Annual administration report of the Civil Veterinary Department of India - 1895-1896
Year: 1895
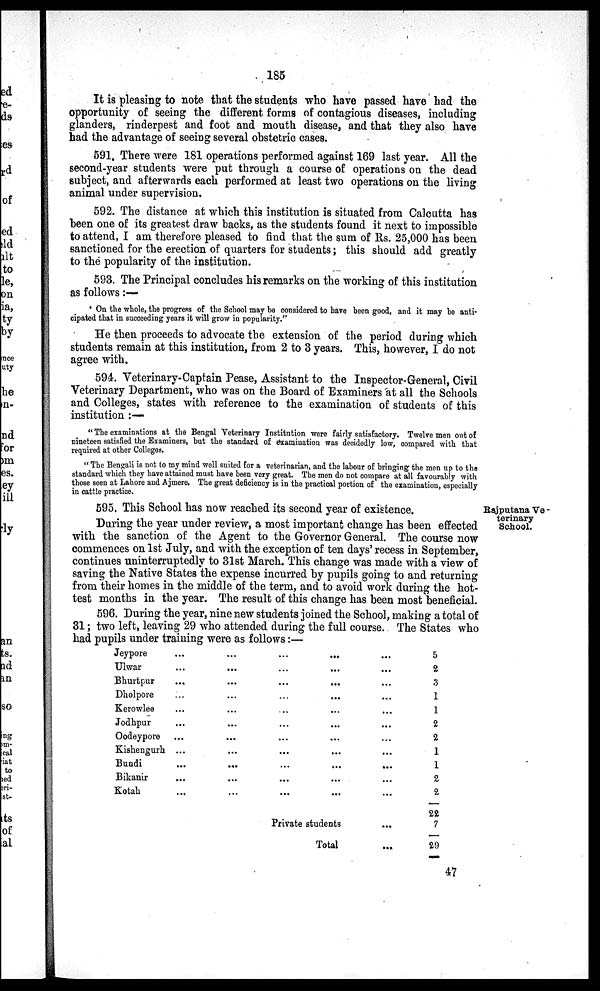
185
It is pleasing to note that the students who have passed have had the
opportunity of seeing the different forms of contagious diseases, including
glanders, rinderpest and foot and mouth disease, and that they also have
had the advantage of seeing several obstetric cases.
591. There were 181 operations performed against 169 last year. All the
second-year students were put through a course of operations on the dead
subject, and afterwards each performed at least two operations on the living
animal under supervision.
592. The distance at which this institution is situated from Calcutta has
been one of its greatest draw backs, as the students found it next to impossible
to attend, I am therefore pleased to find that the sum of Rs. 25,000 has been
sanctioned for the erection of quarters for students; this should add greatly
to the popularity of the institution.
593. The Principal concludes his remarks on the working of this institution
as follows:—
'On the whole, the progress of the School may be considered to have been good, and it may be anti-
cipated that in succeeding years it will grow in popularity."
He then proceeds to advocate the extension of the period during which
students remain at this institution, from 2 to 3 years. This, however, I do not
agree with.
594. Veterinary-Captain Pease, Assistant to the Inspector-General, Civil
Veterinary Department, who was on the Board of Examiners at all the Schools
and Colleges, states with reference to the examination of students of this
institution:—
"The examinations at the Bengal Veterinary Institution were fairly satisfactory. Twelve men out of
nineteen satisfied the Examiners, but the standard of examination was decidedly low, compared with that
required at other Colleges.
"The Bengali is not to my mind well suited for a veterinarian, and the labour of bringing the men up to the
standard which they have attained must have been very great. The men do not compare at all favourably with
those seen at Lahore and Ajmere. The great deficiency is in the practical portion of the examination, especially
in cattle practice.
Rajputana Ve -
terinary
School.
595. This School has now reached its second year of existence.
During the year under review, a most important change has been effected
with the sanction of the Agent to the Governor General. The course now
commences on 1st July, and with the exception of ten days' recess in September,
continues uninterruptedly to 31st March. This change was made with a view of
saving the Native States the expense incurred by pupils going to and returning
from their homes in the middle of the term, and to avoid work during the hot-
test months in the year. The result of this change has been most beneficial.
596. During the year, nine new students joined the School, making a total of
31; two left, leaving 29 who attended during the full course. The States who
had pupils under training were as follows:—
Jeypore
Ulwar
Bhurtpur
Dholpore
Kerowlee
Jodhpur
Oodeypore
Kishengurh
Bundi
Bikanir
Kotah
...
...
...
...
...
...
...
...
...
...
...
...
...
...
...
...
...
...
...
...
...
...
...
...
...
...
...
...
...
...
...
...
...
...
...
...
...
...
...
...
...
...
...
...
...
...
...
...
...
...
...
...
...
...
...
Private students
...
Total
...
5
2
3
1
1
2
2
1
1
2
2
22
7
29
47